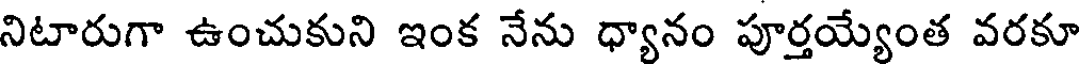
నిటారుగా ఉంచుకుని ఇంక నేను ధ్యానం పూర్తయ్యేంత వరకూ